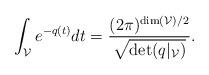
LaTeX: \begin{align*}\int_{\mathcal{V}} e^{-q(t)} dt = \frac{(2\pi)^{\dim(\mathcal{V})/2}}{\sqrt{\det(q|_{\mathcal{V}})}}. \end{align*}